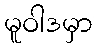
မူဝါဒမှာ